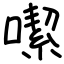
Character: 噄